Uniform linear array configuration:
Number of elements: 24
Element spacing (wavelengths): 1
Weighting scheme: kaiser
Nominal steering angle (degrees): -60
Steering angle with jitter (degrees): -61.305
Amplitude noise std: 0.05
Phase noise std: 0.05

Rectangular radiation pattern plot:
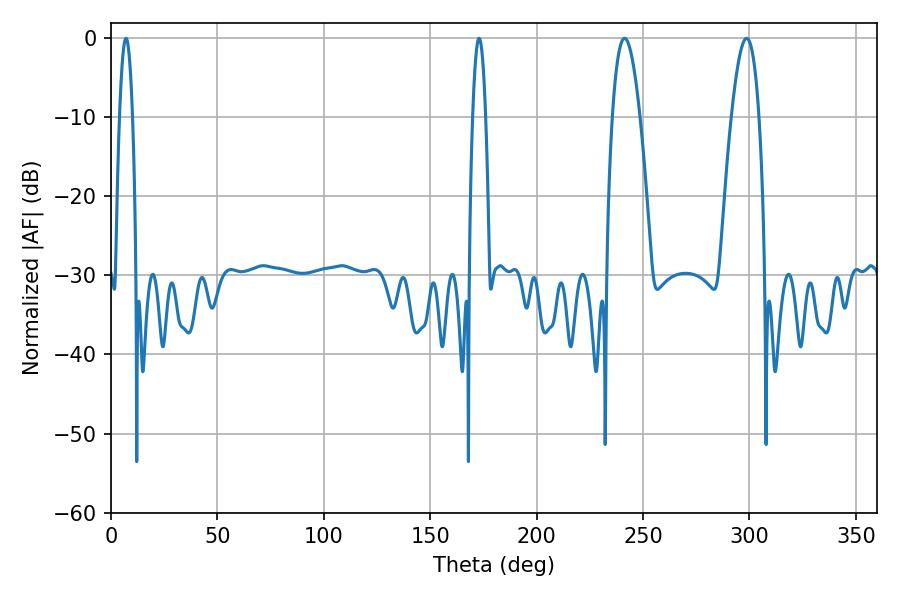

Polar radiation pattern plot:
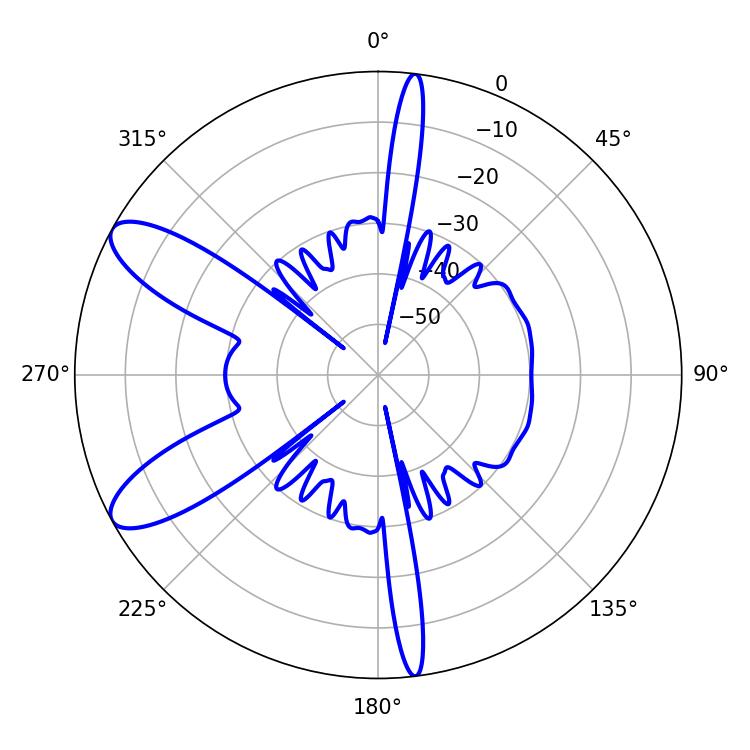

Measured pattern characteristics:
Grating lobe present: TRUE
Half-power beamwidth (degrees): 3.24
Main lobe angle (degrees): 7.02